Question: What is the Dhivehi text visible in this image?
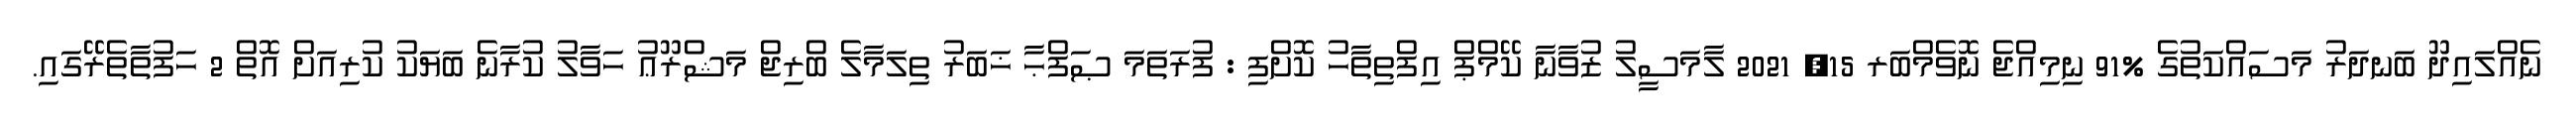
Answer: ނެއްލައިދޫ ބަނދަރު މަސައްކަތުގެ %91 ނިމިއްޖެ ނޮވެމްބަރ 15, 2021 ލާމަސީލު ޒުވާނާ ކޭމްޕް އިފްތިތާހު ކޮށްފި : ފުރަތަމަ ޞަފްޙާ ޚަބަރު ތިލަމާލެ ބްރިޖް މަޝްރޫޢު ހަވާލު ކުރާނެ ބަޔަކު ކުރިއަށް އޮތް 2 ހަފުތާތެރޭގައި.